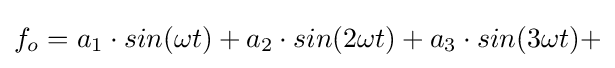
{f_{o}}=a_{1}\cdot sin(\omega t)+a_{2}\cdot sin(2\omega t)+a_{3}\cdot sin(3\omega t)+